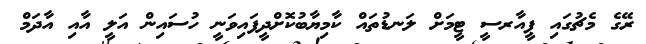
ރޭގެ މެޗުގައި ޕީއާރސީ ޓީމަށް ލަނޑުތައް ކާމިޔާބުކޮށްދީފައިވަނީ ހުސައިން އަލީ އާއި އާދަމް